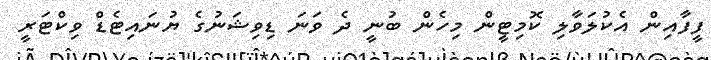
ފީފާއިން އެކުލަވާލި ކޮމިޓީން މިހެން ބުނީ ދެ ވަނަ ޑިވިޝަނުގެ ޔުނައިޓެޑް ވިކްޓަރީ